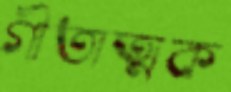
গীতাত্মক